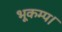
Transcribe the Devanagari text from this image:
भूकम्प।